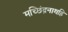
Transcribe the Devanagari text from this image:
मच्छिंद्रनाथहि